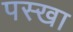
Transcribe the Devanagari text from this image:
पस्खा